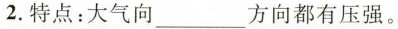
2.特点：大气向___方向都有压强。